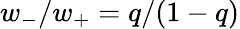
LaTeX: w_{-}/w_{+}=q/(1-q)